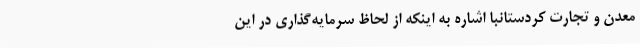
معدن و تجارت کردستانبا اشاره به اینکه از لحاظ سرمایه‌گذاری در این